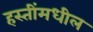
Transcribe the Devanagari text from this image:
हस्तींमधील